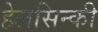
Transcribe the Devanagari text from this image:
हेलसिन्की